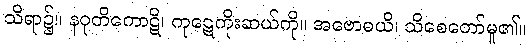
သိရာ၌။ နဝုတိကောဋိ၊ ကုဋေကိုးဆယ်ကို။ အဗောဓယိ၊ သိစေတော်မူ၏။